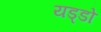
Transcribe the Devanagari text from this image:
यड्डो